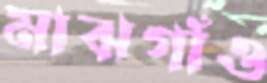
মাঝগাঁও